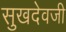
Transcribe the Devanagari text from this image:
सुखदेवजी